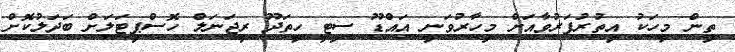
ތިން މީހަކު އިތުރުފަރުވާއަށް މިހާރުވަނީ އައްޑޫ ސިޓީ ހިތަދޫ ރީޖަނަލް ހޮސްޕިޓަލަށް ބަދަލުކޮށް